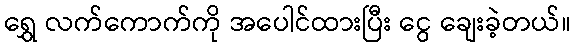
ရွှေ လက်ကောက်ကို အပေါင်ထားပြီး ငွေ ချေးခဲ့တယ်။